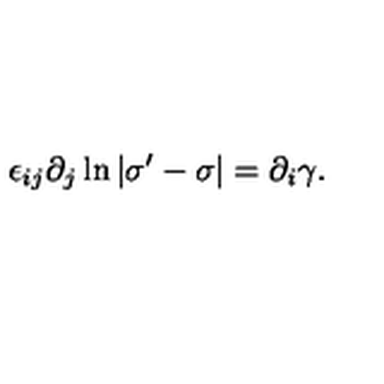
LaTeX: \epsilon _ { i j } \partial _ { j } \ln | \sigma ^ { \prime } - \sigma | = \partial _ { i } \gamma .